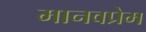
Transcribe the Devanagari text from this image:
मानवप्रेम